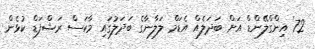
72' އިންގްލޭންޑް އަށް ބަދަލެއް އެޑަމް ލަލާނާގެ ބަދަލުގައި މާކަސް ރަޝްފަޑް ކުޅެން